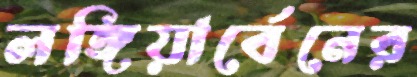
লঙ্গিয়ার্বেনের